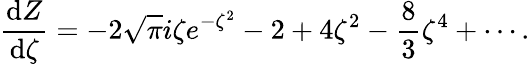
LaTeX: \frac{\mathrm{d}Z}{\mathrm{d}\zeta}=-2\sqrt{\pi}i\zeta e^{-\zeta^{2}}-2+4\zeta^{2}-\frac{8}{3}\zeta^{4}+\cdots.